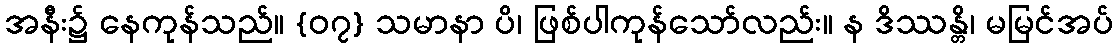
အနီး၌ နေကုန်သည်။ {၀၇} သမာနာ ပိ၊ ဖြစ်ပါကုန်သော်လည်း။ န ဒိဿန္တိ၊ မမြင်အပ်